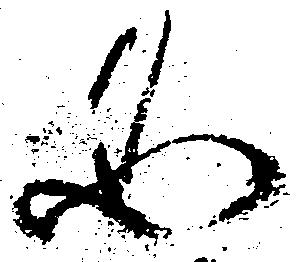
必